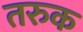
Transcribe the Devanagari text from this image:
तरुक